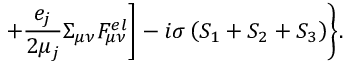
+ \frac { e _ { j } } { 2 \mu _ { j } } \Sigma _ { \mu \nu } F _ { \mu \nu } ^ { e l } \biggr ] - i \sigma \left( S _ { 1 } + S _ { 2 } + S _ { 3 } \right) \biggr \} .